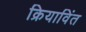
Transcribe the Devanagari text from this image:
क्रियाविंत